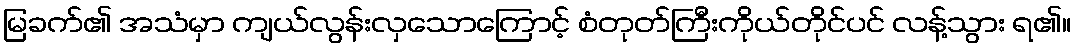
မြခက်၏ အသံမှာ ကျယ်လွန်းလှသောကြောင့် စံတုတ်ကြီးကိုယ်တိုင်ပင် လန့်သွား ရ၏။